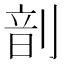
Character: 𫦊